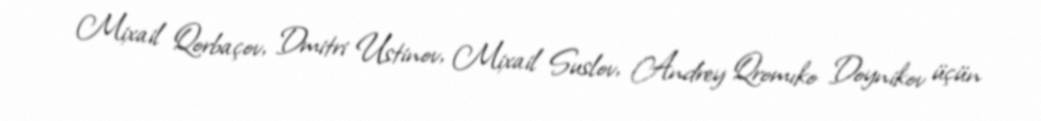
Mixail Qorbaçov, Dmitri Ustinov, Mixail Suslov, Andrey Qromıko Doynikov üçün